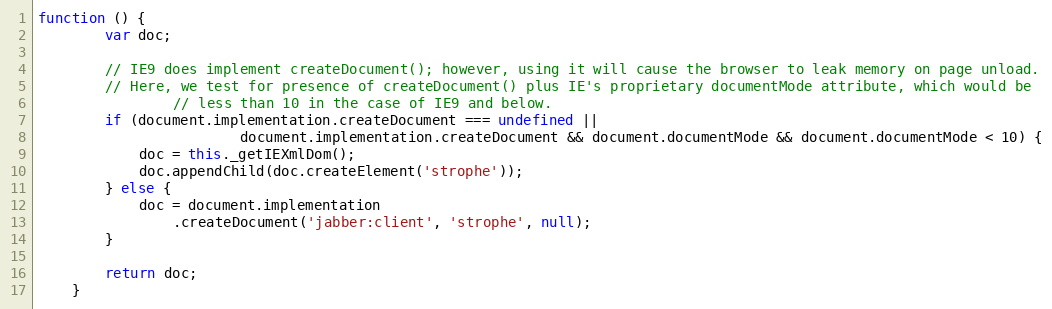
Language: JavaScript
function () {
        var doc;

        // IE9 does implement createDocument(); however, using it will cause the browser to leak memory on page unload.
        // Here, we test for presence of createDocument() plus IE's proprietary documentMode attribute, which would be
                // less than 10 in the case of IE9 and below.
        if (document.implementation.createDocument === undefined ||
                        document.implementation.createDocument && document.documentMode && document.documentMode < 10) {
            doc = this._getIEXmlDom();
            doc.appendChild(doc.createElement('strophe'));
        } else {
            doc = document.implementation
                .createDocument('jabber:client', 'strophe', null);
        }

        return doc;
    }